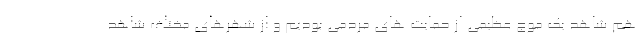
هم شاهد یک موج عظیمی از حمایت های مردمی بودیم و از شهرهای مختلف شاهد